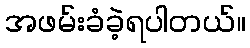
အဖမ်းခံခဲ့ရပါတယ်။